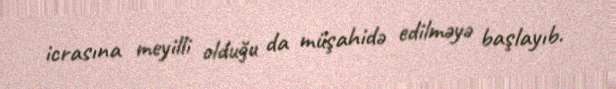
icrasına meyilli olduğu da müşahidə edilməyə başlayıb.